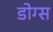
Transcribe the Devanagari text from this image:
डोग्स